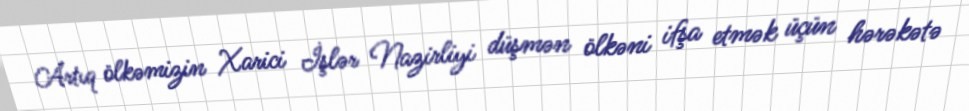
Artıq ölkəmizin Xarici İşlər Nazirliyi düşmən ölkəni ifşa etmək üçün hərəkətə